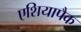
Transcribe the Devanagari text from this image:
एशियापैक